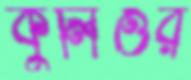
কুলিওর